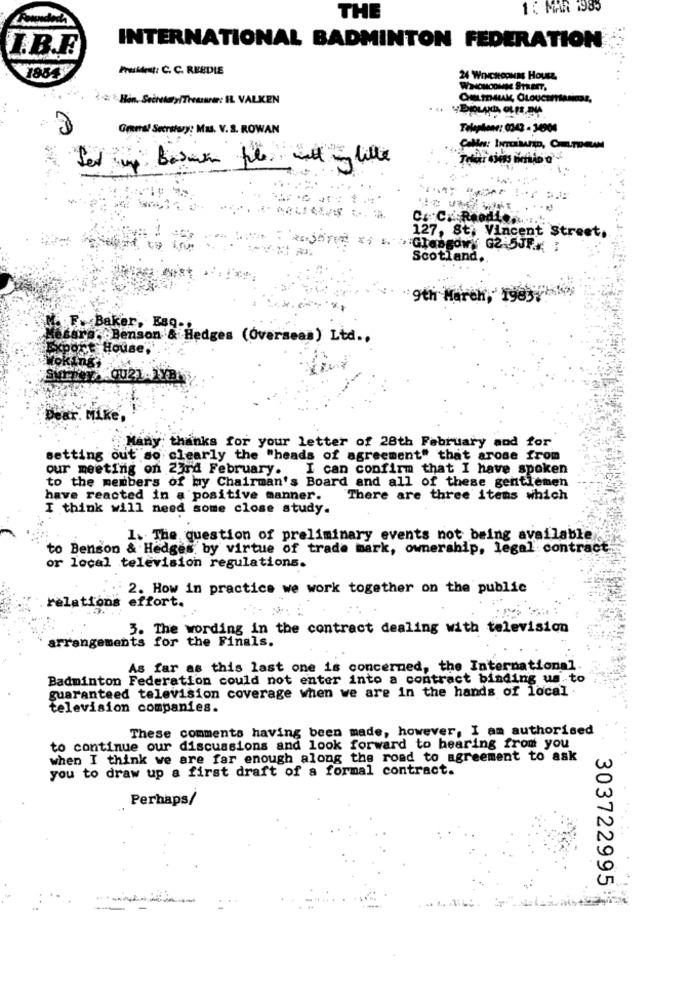
1 : MAR 1985
THE
INTERNATIONAL BADMINTON FEDERATION
I.B.F.
President: C. C. REEDLE
24 WINCHOpMas HOUSE,
WHICHoowas STREET,
Greeal Secretary: Mas. V.S. ROWAN
Telephone: 0342 - 34904
Basea file ty lille
127, St. Vincent Street.
Gleagdwy G2 5JFK :
Scotland.
9th March, 198
M. F. Baker, Esq ..
@sara, Benson & Hedges (Overseas) Ltd ..
xport House,
Wokingi
Dear. Mike,
Many thanks for your letter of 28th February and for
setting out so clearly the "heads of agreement" that arose from
our meeting on 23rd February. I can confirm that I have spoken
to the members of my Chairman's Board and all of these gentlemen
have reacted in a positive manner.
There are three itens which
I think will need some close study.
1.The question of preliminary events not being available
to Benson & Hedges by virtue of trade mark, ownership, legal contract
or local television regulations.
2. How in practice we work together on the public
relations effort.
.5.
3. The wording in the contract dealing with television
arrangements for the Finals.
As far as this last one is concerned, the International.
Badminton Federation could not enter into a contract binding us.to
guaranteed television coverage when we are in the hands of local
television companies.
These comments having been made, however, I am authorised
to continue our discussions and look forward to hearing from you
when I think we are far enough along the road to agreement to ask
you to draw up a first draft of a formal contract.
Perhaps/
303722995